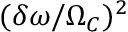
( \delta \omega / \Omega _ { C } ) ^ { 2 }